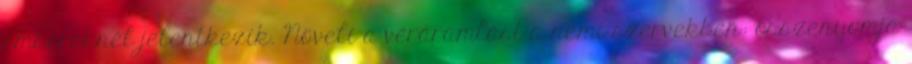
embereknél jelentkezik. Növeli a véráramlást a nemi szervekben: összenyomja